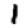
Digit: 1